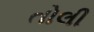
તોલી